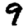
Digit: 9